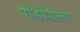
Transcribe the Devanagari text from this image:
पीडीपीला